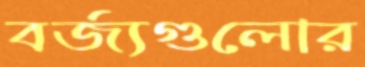
বর্জ্যগুলোর